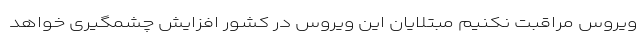
ویروس مراقبت نکنیم مبتلایان این ویروس در کشور افزایش چشمگیری خواهد